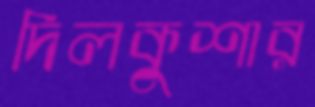
দিলকুশার